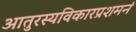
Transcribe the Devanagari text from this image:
आतुरस्यविकारप्रशमनं